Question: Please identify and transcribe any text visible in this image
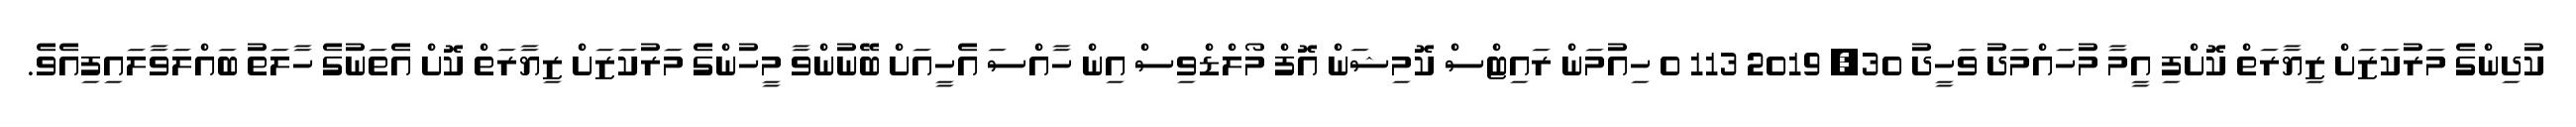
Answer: ކުދިންގެ މަރުކަޒަށް ޒިޔާރަތް ކޮށްފި އީމާ މުހައްމަދު ވަހީދު 30, 2019 113 0 ހިއުމަން ރައިޓްސް ކޮމިޝަން އޮފް މޯލްޑްވިސް އިން ހާއްސަ އެހީއަށް ބޭނުންވާ މީހުންގެ މަރުކަޒަށް ޒިޔާރަތް ކޮށް އެތަނުގެ ހާލަތު ބައްލަވާލައިފިއެވެ.